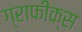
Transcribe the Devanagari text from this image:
ग्राफीक्स